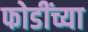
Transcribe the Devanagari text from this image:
फोडींच्या